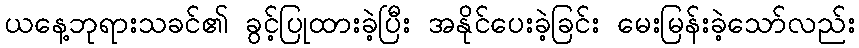
ယနေ့ဘုရားသခင်၏ ခွင့်ပြုထားခဲ့ပြီး အနိုင်ပေးခဲ့ခြင်း မေးမြန်းခဲ့သော်လည်း